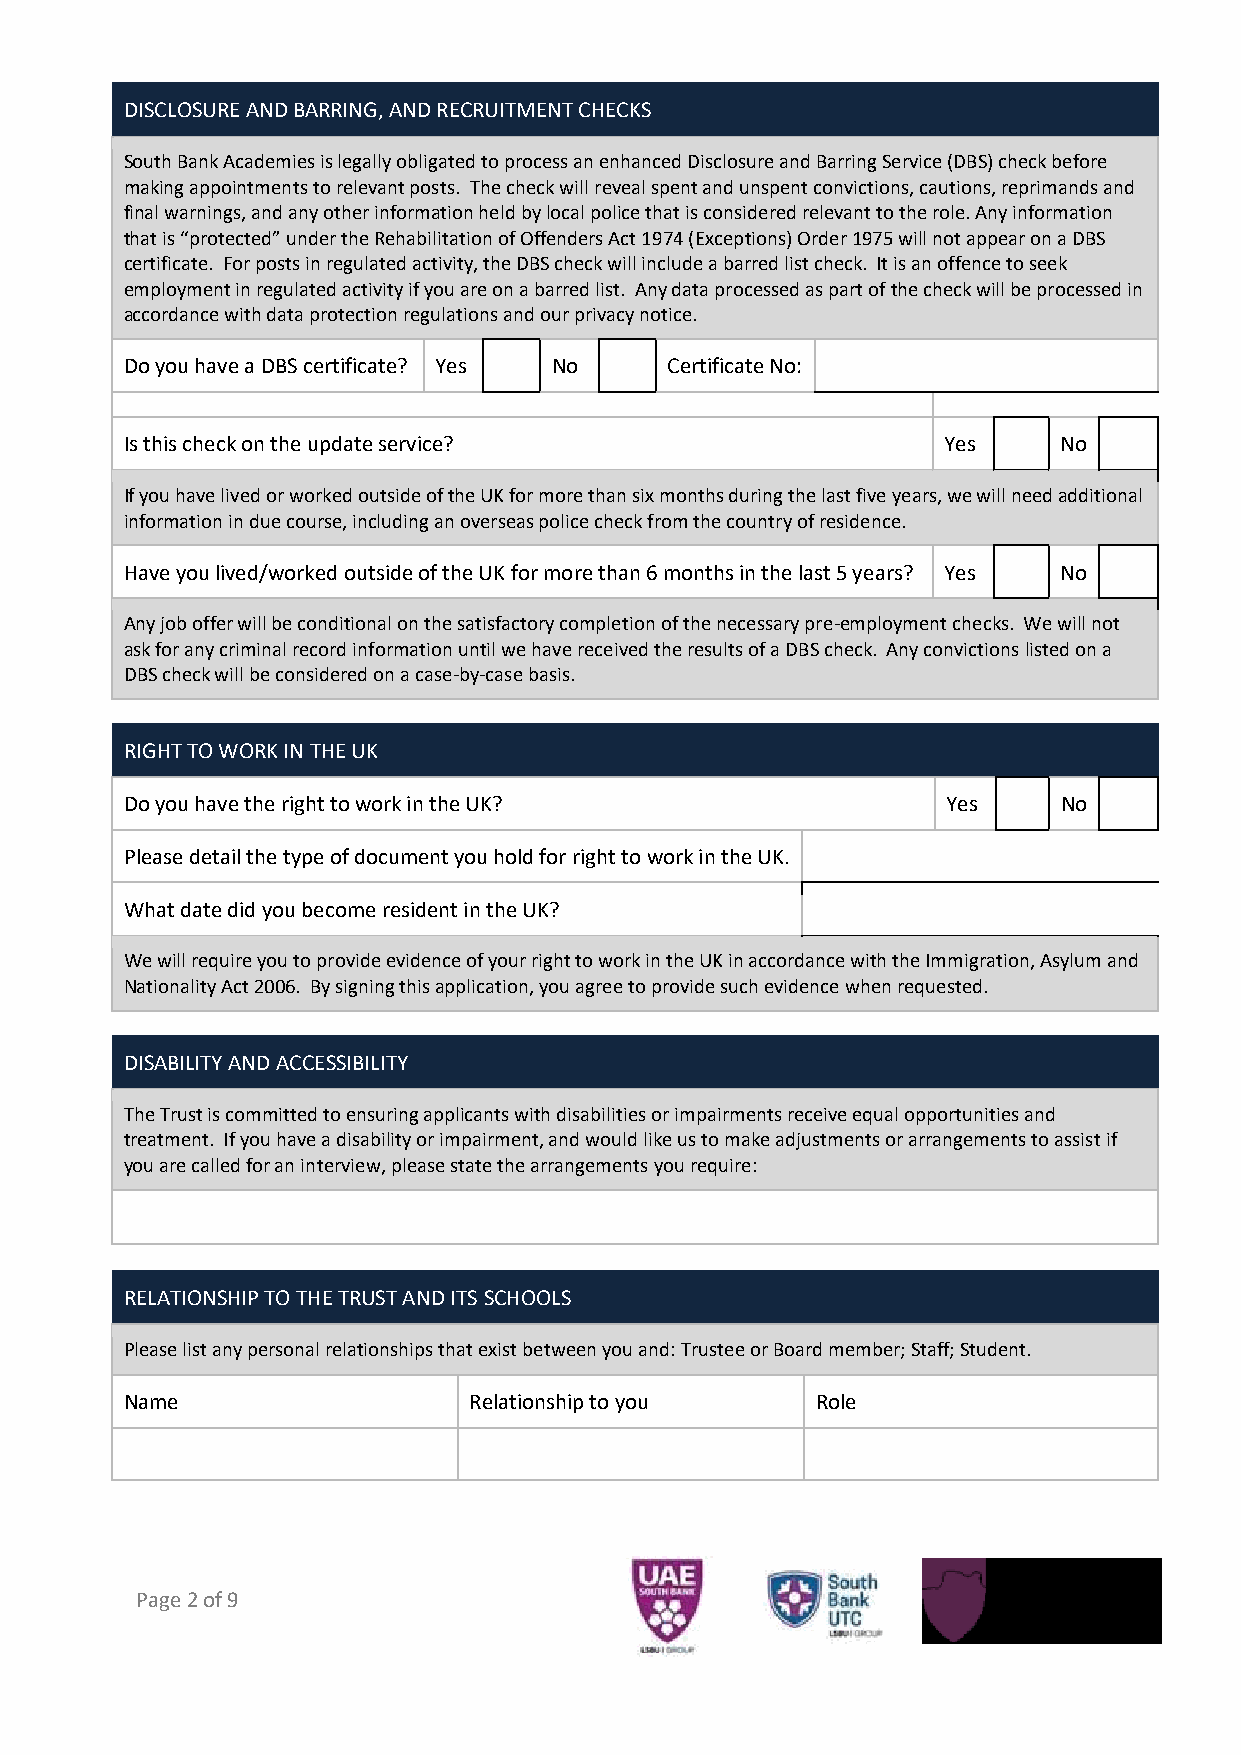
DISCLOSURE AND BARRING, AND RECRUITMENT CHECKS
 South Bank Academies is legally obligated to process an enhanced Disclosure and Barring Service (DBS) check before
 making appointments to relevant posts. The check will reveal spent and unspent convictions, cautions, reprimands and
 final warnings, and any other information held by local police that is considered relevant to the role. Any information
 that is “protected” under the Rehabilitation of Offenders Act 1974 (Exceptions) Order 1975 will not appear on a DBS
 certificate. For posts in regulated activity, the DBS check will include a barred list check. It is an offence to seek
 employment in regulated activity if you are on a barred list. Any data processed as part of the check will be processed in
 accordance with data protection regulations and our privacy notice.
 Do you have a DBS certificate? Yes No Certificate No:
 Is this check on the update service?                  Yes     No
 If you have lived or worked outside of the UK for more than six months during the last five years, we will need additional
 information in due course, including an overseas police check from the country of residence.
 Have you lived/worked outside of the UK for more than 6 months in the last 5 years? Yes No
 Any job offer will be conditional on the satisfactory completion of the necessary pre-employment checks. We will not
 ask for any criminal record information until we have received the results of a DBS check. Any convictions listed on a
 DBS check will be considered on a case-by-case basis.
 RIGHT TO WORK IN THE UK
 Do you have the right to work in the UK?               Yes    No
 Please detail the type of document you hold for right to work in the UK.
 What date did you become resident in the UK?
 We will require you to provide evidence of your right to work in the UK in accordance with the Immigration, Asylum and
 Nationality Act 2006. By signing this application, you agree to provide such evidence when requested.
 DISABILITY AND ACCESSIBILITY
 The Trust is committed to ensuring applicants with disabilities or impairments receive equal opportunities and
 treatment. If you have a disability or impairment, and would like us to make adjustments or arrangements to assist if
 you are called for an interview, please state the arrangements you require:
 RELATIONSHIP TO THE TRUST AND ITS SCHOOLS
 Please list any personal relationships that exist between you and: Trustee or Board member; Staff; Student.
 Name                   Relationship to you    Role
 Page 2 of 9